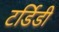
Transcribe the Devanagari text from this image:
टर्डिडी